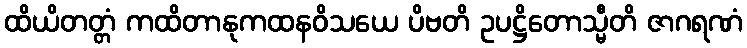
ထိယိတတ္တံ ကထိတာနုကထနဝိသယေ ပိဗတိ ဥပဋ္ဌိတောသ္မီတိ ဇာဂရဏံ